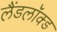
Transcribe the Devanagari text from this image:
लैंडलॉक्ड